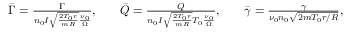
\begin{array} { r l r l r } { \bar { \Gamma } = \frac { \Gamma } { n _ { 0 } I \sqrt { \frac { 2 T _ { 0 } r } { m R } } \frac { \nu _ { 0 } } { \Omega } } , } & { { } } & { \bar { Q } = \frac { Q } { n _ { 0 } I \sqrt { \frac { 2 T _ { 0 } r } { m R } } T _ { 0 } \frac { \nu _ { 0 } } { \Omega } } , } & { { } } & { \bar { \gamma } = \frac { \gamma } { \nu _ { 0 } n _ { 0 } \sqrt { 2 m T _ { 0 } r / R } } , } \end{array}